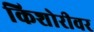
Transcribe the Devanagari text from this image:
किशोरीवर